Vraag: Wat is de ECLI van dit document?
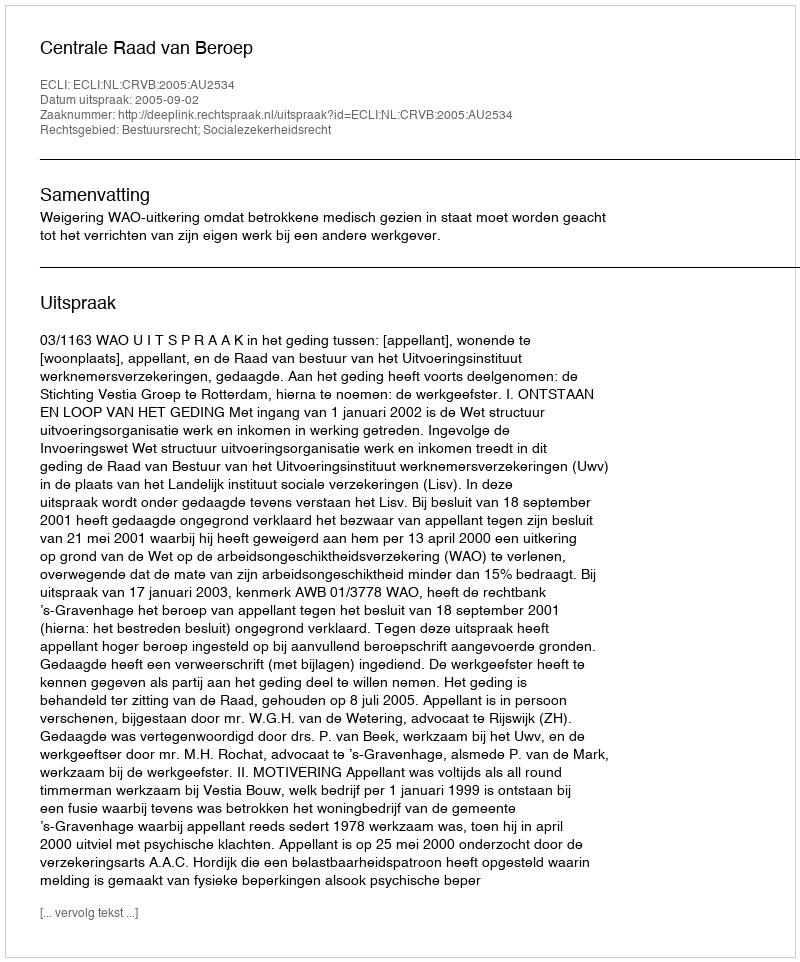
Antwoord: ECLI:NL:CRVB:2005:AU2534